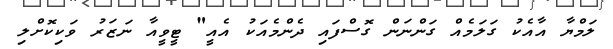
ލަމްޔާ އާއެކު ގަލަމެއް ގަންނަން ގޮސްފައި ދެންމެއަކު އެއީ" ޓީވީއާ ނަޒަރު ވަކިކޮށްލި